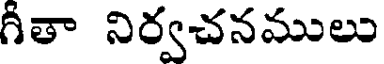
గీతా నిర్వచనములు